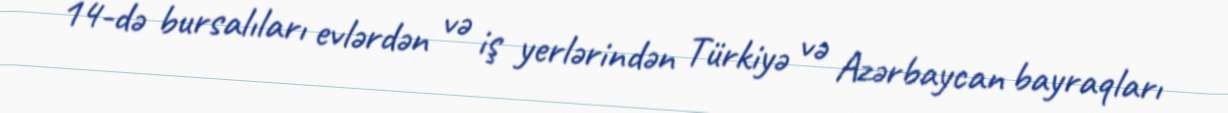
14-də bursalıları evlərdən və iş yerlərindən Türkiyə və Azərbaycan bayraqları